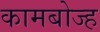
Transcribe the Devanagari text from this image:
कामबोज्ह